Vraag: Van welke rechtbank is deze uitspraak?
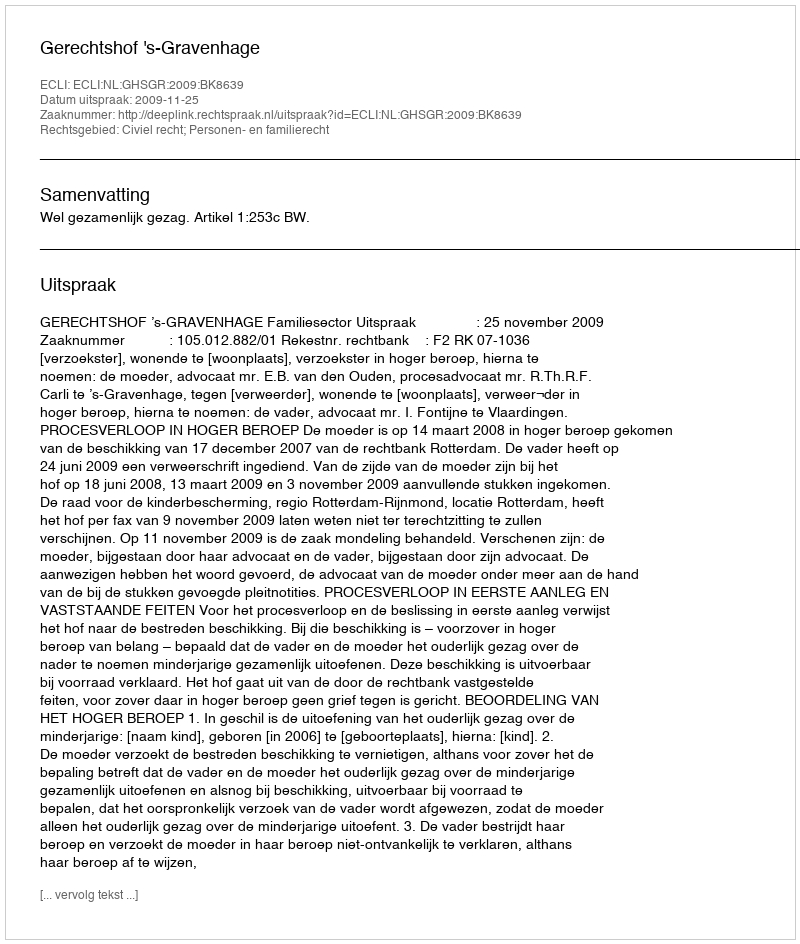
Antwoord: Gerechtshof 's-Gravenhage